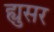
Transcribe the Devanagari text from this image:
ह्युसर